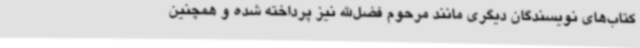
کتاب‌های نویسندگان دیگری مانند مرحوم فضل‌الله نیز پرداخته شده و همچنین